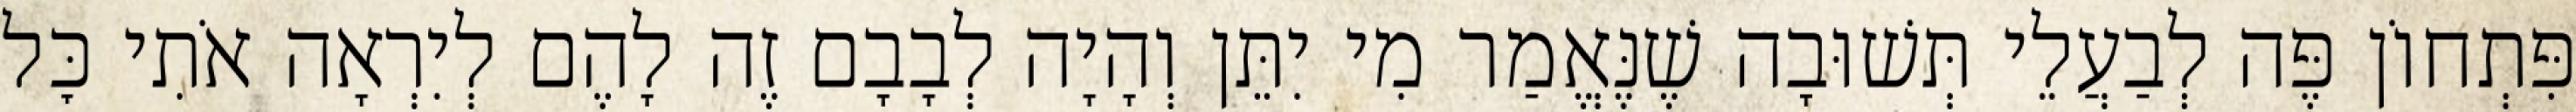
פִּתְחוֹן פֶּה לְבַעֲלֵי תְּשׁוּבָה שֶׁנֶּאֱמַר מִי יִתֵּן וְהָיָה לְבָבָם זֶה לָהֶם לְיִרְאָה אֹתִי כׇּל